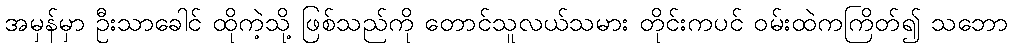
အမှန်မှာ ဦးသာခေါင် ထိုကဲ့သို့ ဖြစ်သည်ကို တောင်သူလယ်သမား တိုင်းကပင် ဝမ်းထဲကကြိတ်၍ သဘော